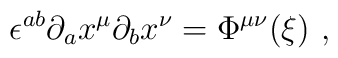
\epsilon^{ab}\partial_a x^\mu\partial_b x^\nu=\Phi^{\mu\nu}({\xi})\ ,